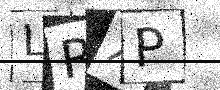
Text: LRXP